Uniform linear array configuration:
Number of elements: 8
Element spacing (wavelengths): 0.75
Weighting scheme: hann
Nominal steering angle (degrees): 0
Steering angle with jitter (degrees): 0.2509
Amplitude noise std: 0.05
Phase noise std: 0.05

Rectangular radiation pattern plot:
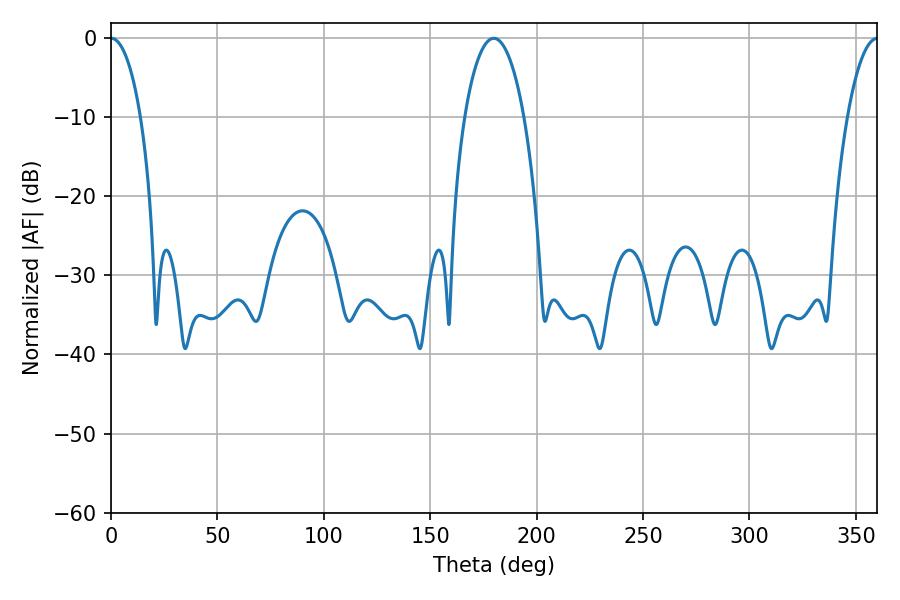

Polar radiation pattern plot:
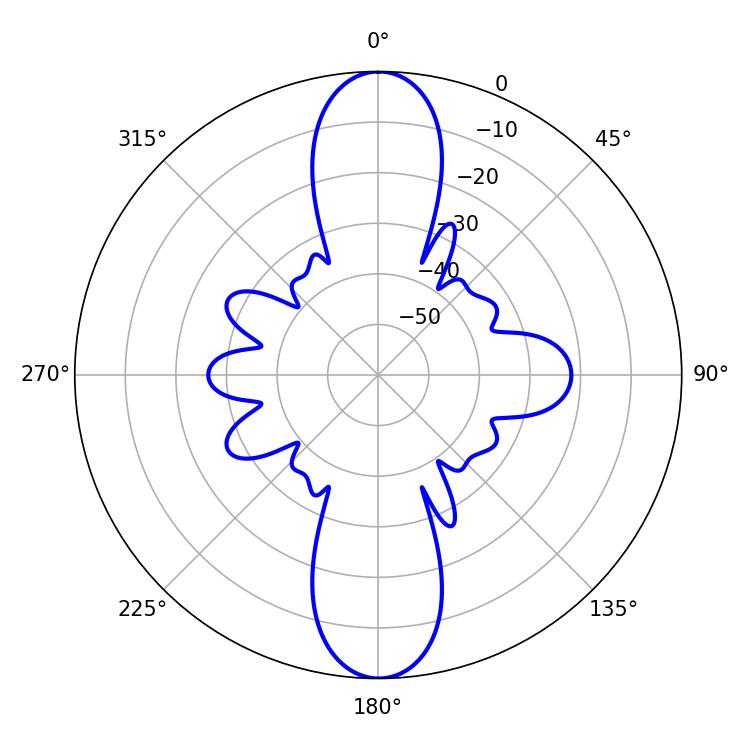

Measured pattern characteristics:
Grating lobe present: TRUE
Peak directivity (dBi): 32.824
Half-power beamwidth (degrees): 7.92
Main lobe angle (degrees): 0.18